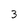
Character: 3